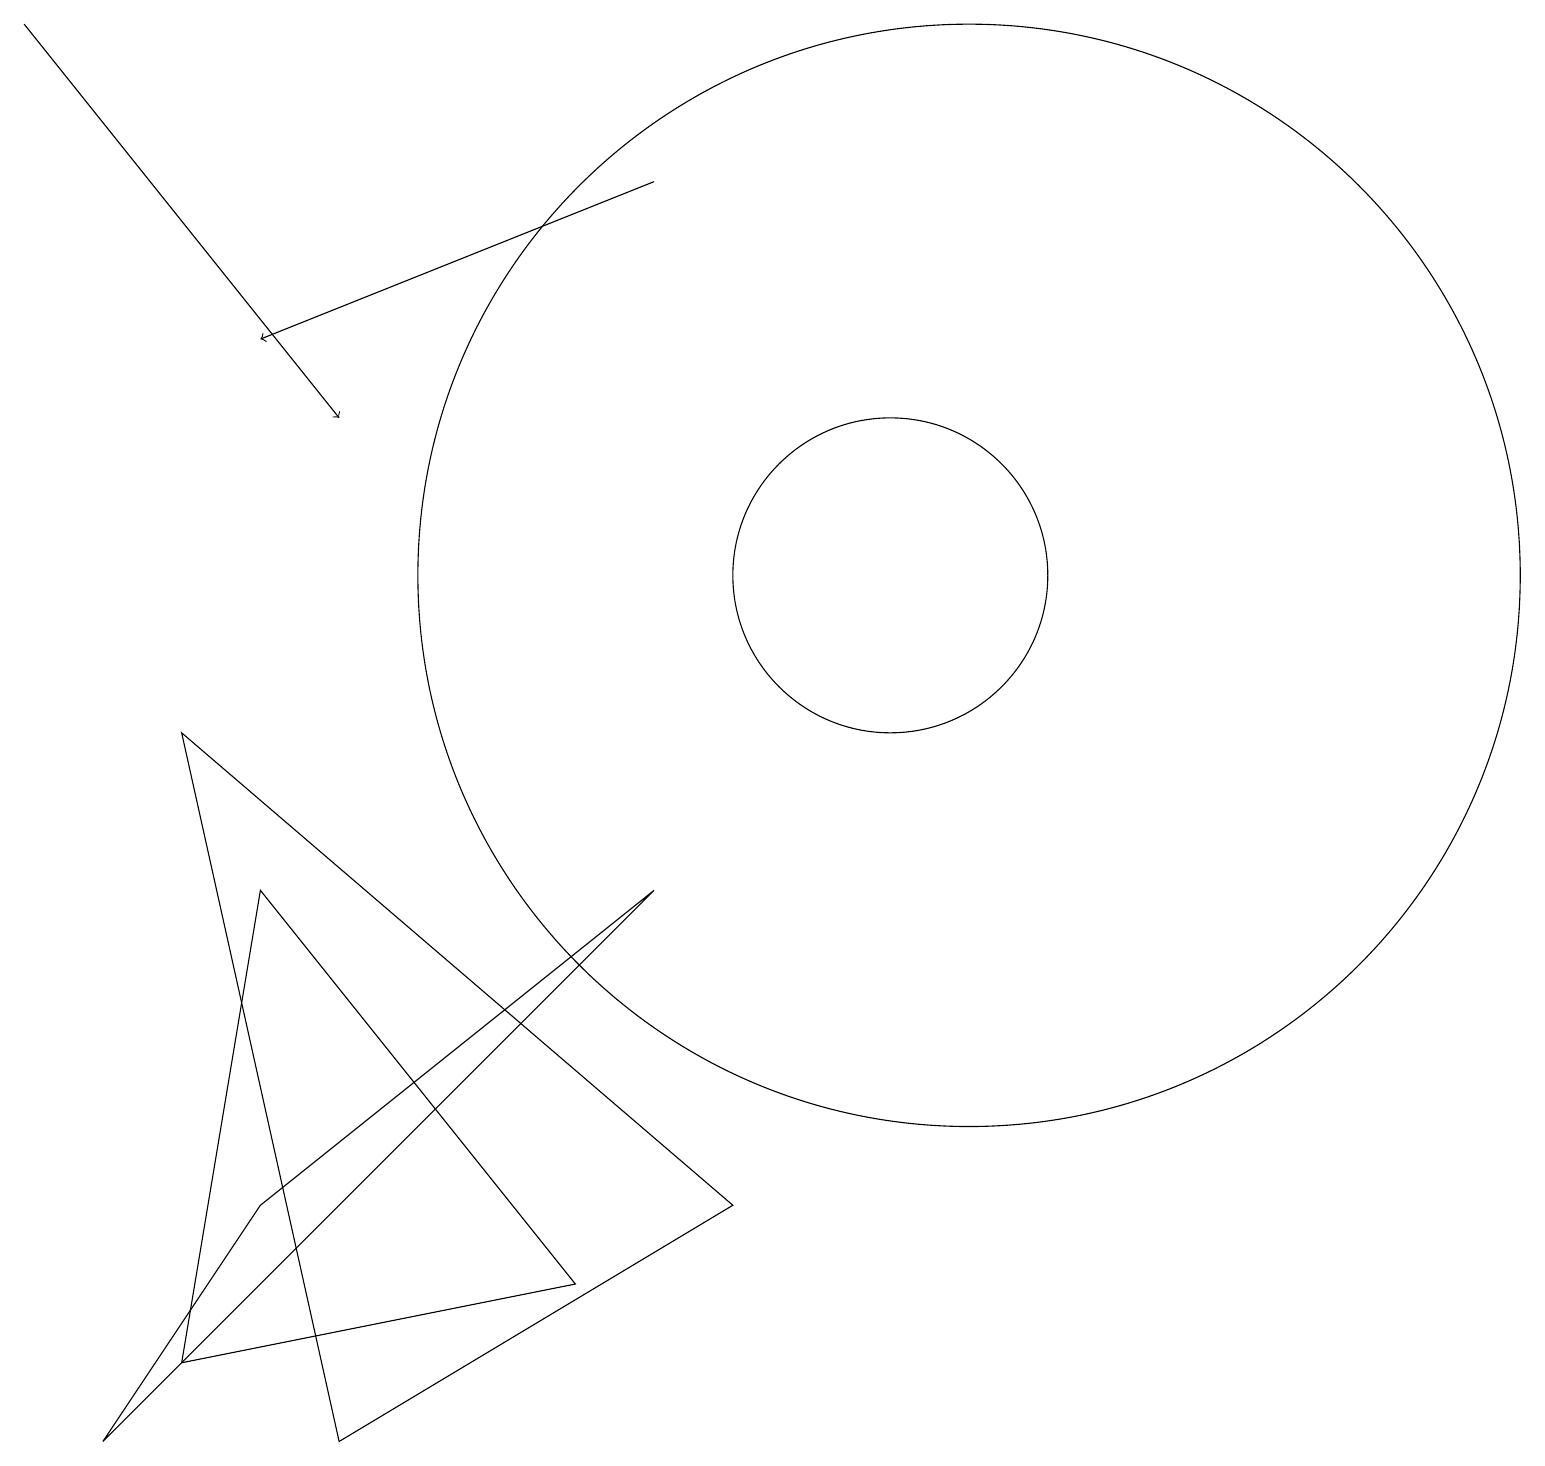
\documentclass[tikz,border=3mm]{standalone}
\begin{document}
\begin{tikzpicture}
\draw[->] (8,16) -- (3,14);
\draw (3,3) -- (1,0) -- (8,7) -- cycle;
\draw (2,1) -- (3,7) -- (7,2) -- cycle;
\draw[->] (0,18) -- (4,13);
\draw (2,9) -- (4,0) -- (9,3) -- cycle;
\draw (12,11) circle (7);
\draw (11,11) circle (2);
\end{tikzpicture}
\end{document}